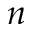
n